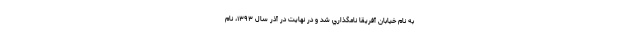
به نام خيابان آفريقا نامگذاري شد و در نهايت در‌ آذر سال ۱۳۹۳، نام